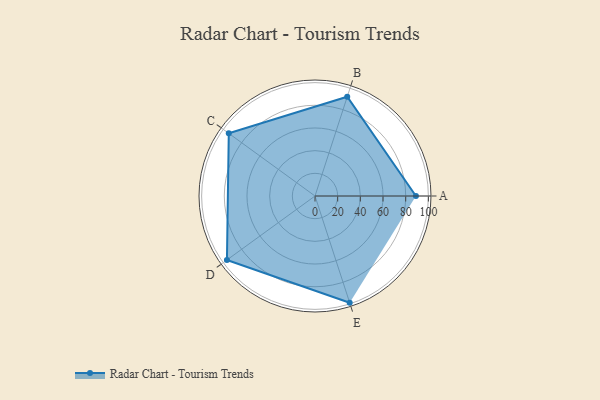
{"axis": {"x": "Skill", "y": "Score"}, "legend": ["Profile"], "data": [{"x": "A", "y": 89.0, "type": "Profile"}, {"x": "B", "y": 92.0, "type": "Profile"}, {"x": "C", "y": 94.0, "type": "Profile"}, {"x": "D", "y": 96.0, "type": "Profile"}, {"x": "E", "y": 99, "type": "Profile"}]}